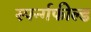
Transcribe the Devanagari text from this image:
स्पर्न्गफील्ड